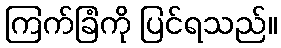
ကြက်ခြံကို ပြင်ရသည်။